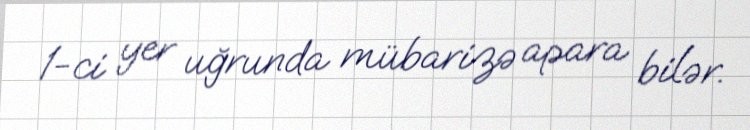
1-ci yer uğrunda mübarizə apara bilər.